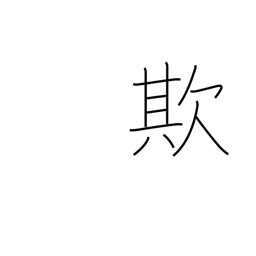
Meaning: delude